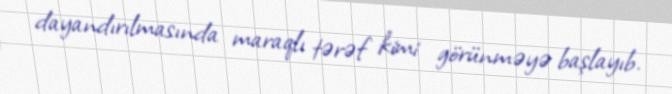
dayandırılmasında maraqlı tərəf kimi görünməyə başlayıb.